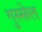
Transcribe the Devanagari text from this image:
गुस्सेल